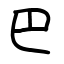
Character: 巴